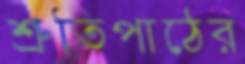
শ্রুতিপাঠের